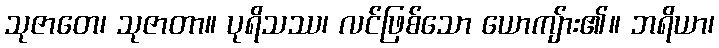
သုဇာတေ၊ သုဇာတာ။ ပုရိသဿ၊ လင်ဖြစ်သော ယောကျ်ား၏။ ဘရိယာ၊